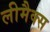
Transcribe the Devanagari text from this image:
लीमैक्स